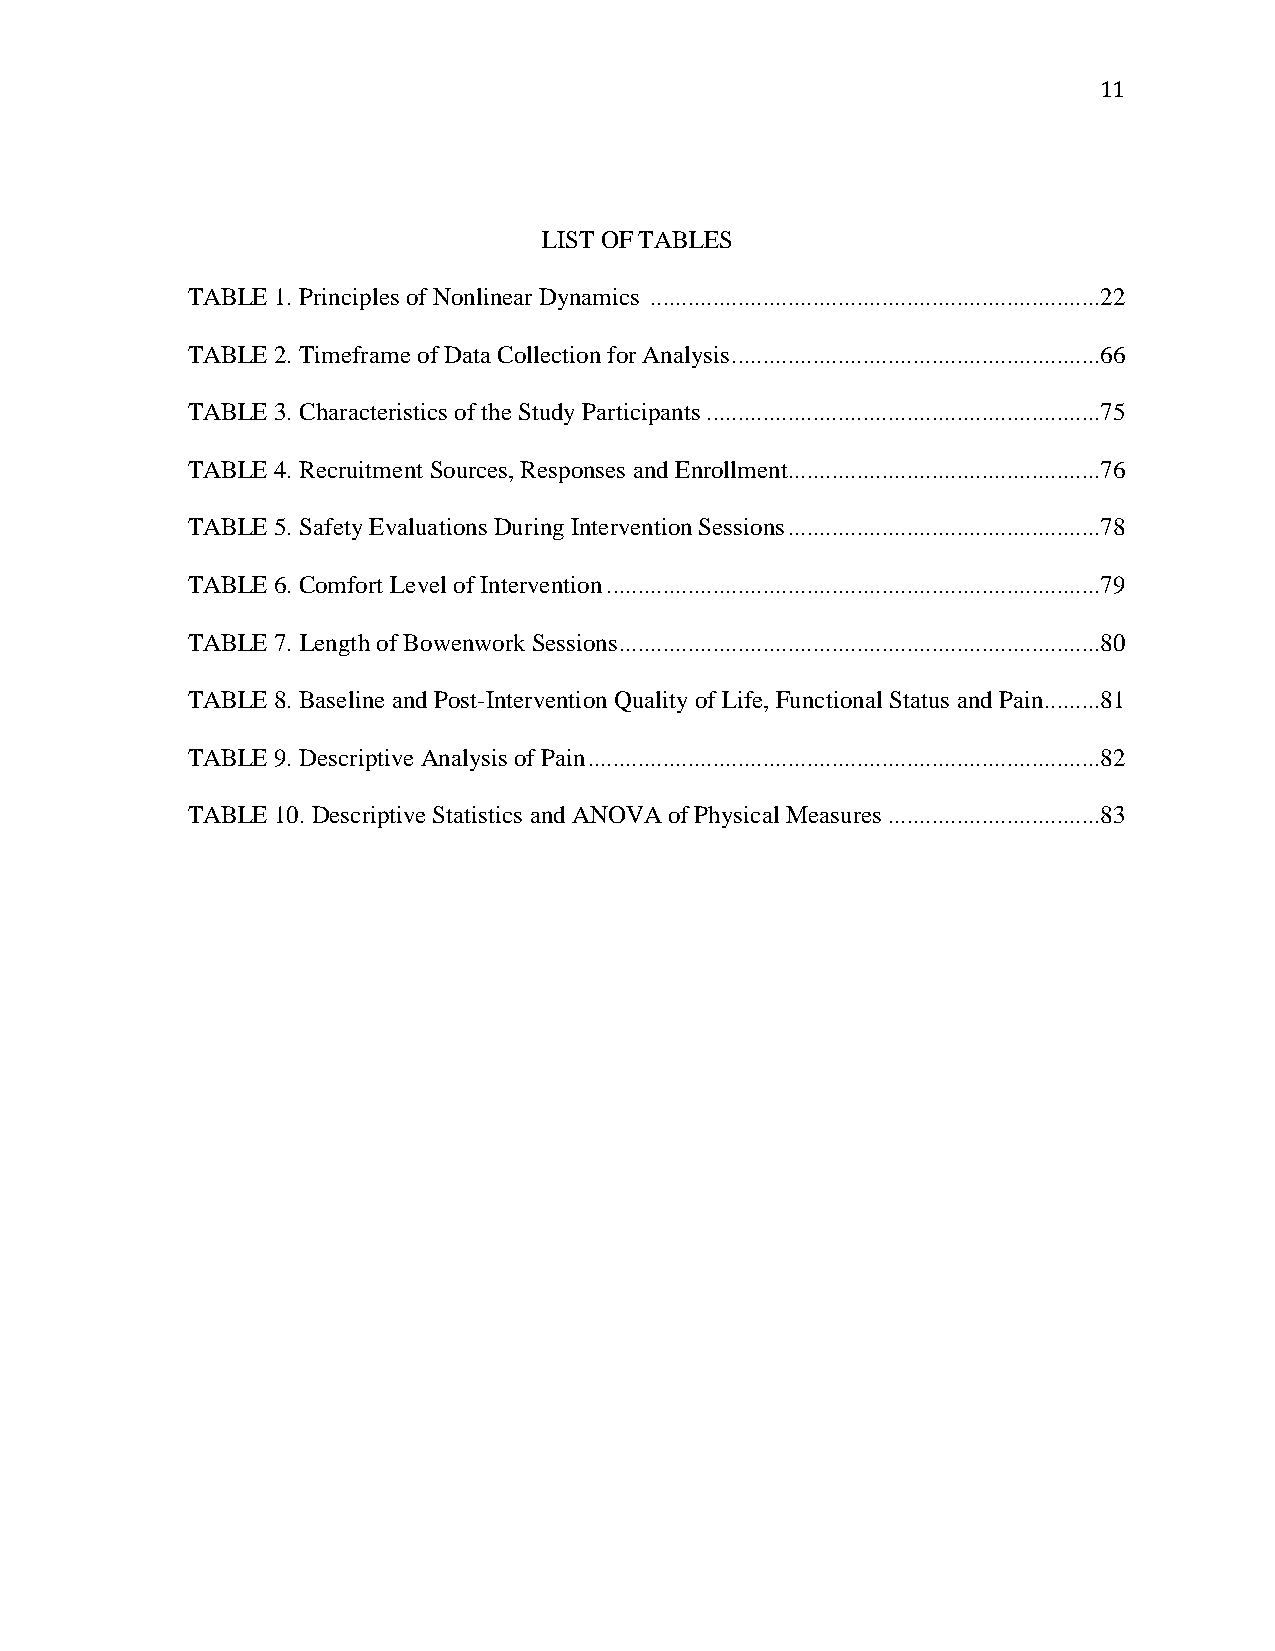
11
 LIST OF TABLES
 TABLE 1. Principles of Nonlinear Dynamics ........................................................................22
 TABLE 2. Timeframe of Data Collection for Analysis ...........................................................66
 TABLE 3. Characteristics of the Study Participants ...............................................................75
 TABLE 4. Recruitment Sources, Responses and Enrollment..................................................76
 TABLE 5. Safety Evaluations During Intervention Sessions ..................................................78
 TABLE 6. Comfort Level of Intervention ...............................................................................79
 TABLE 7. Length of Bowenwork Sessions .............................................................................80
 TABLE 8. Baseline and Post-Intervention Quality of Life, Functional Status and Pain.........81
 TABLE 9. Descriptive Analysis of Pain ..................................................................................82
 TABLE 10. Descriptive Statistics and ANOVA of Physical Measures ..................................83